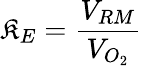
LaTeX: \mathfrak{K}_{E}={\frac{{V_{RM}}}{{V_{O_{2}}}}}